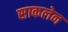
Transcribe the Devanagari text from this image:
साकलेन